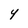
Character: Y